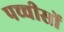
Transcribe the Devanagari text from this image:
पच्चीसों